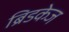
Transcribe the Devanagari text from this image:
ब्रिडकेज